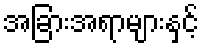
အခြားအရာများနှင့်